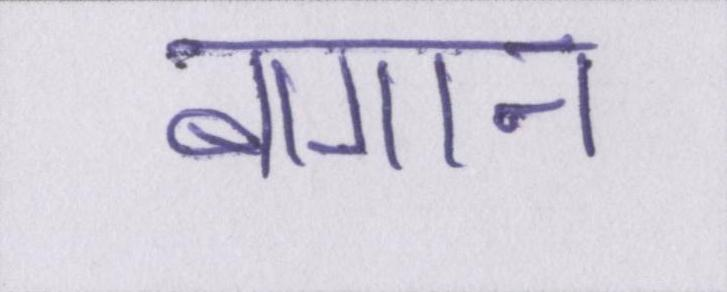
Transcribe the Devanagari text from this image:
बागान